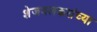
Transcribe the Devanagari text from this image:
शेजवलकरांच्या